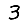
Digit: 3